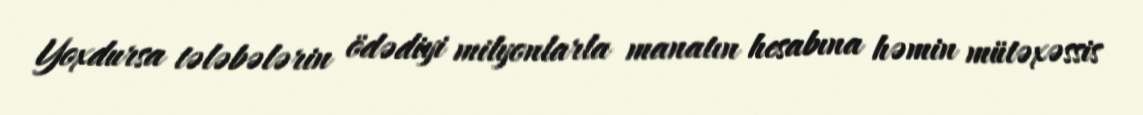
Yoxdursa tələbələrin ödədiyi milyonlarla manatın hesabına həmin mütəxəssis